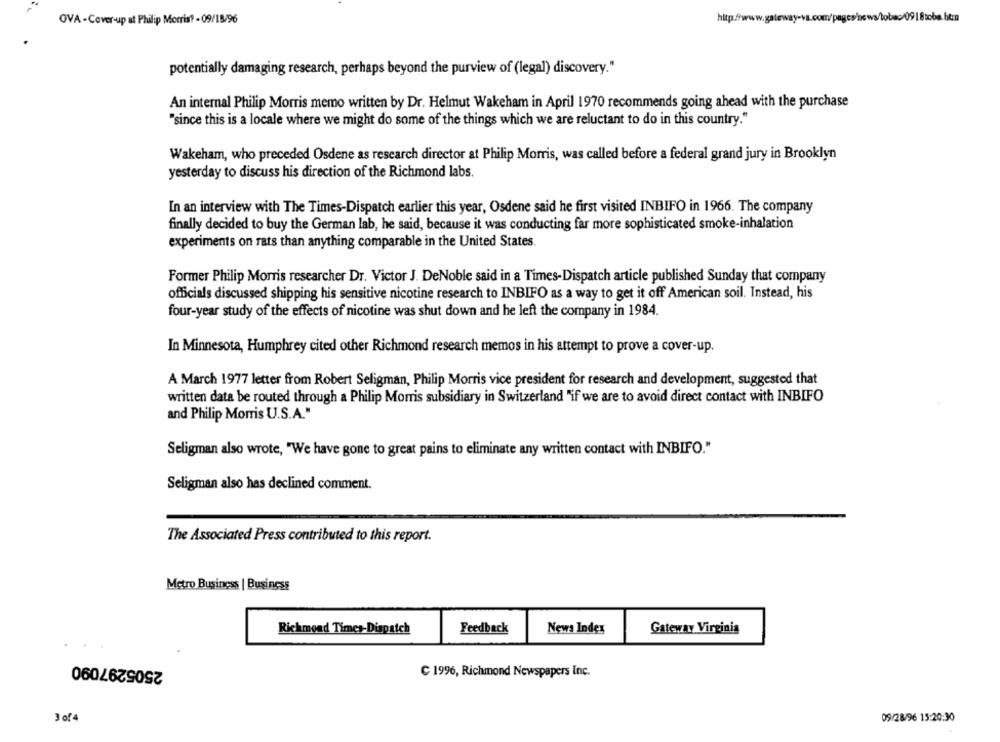
OVA - Cover-up at Philip Morris? - 09/18/96
http
918tobe.htm
potentially damaging research, perhaps beyond the purview of (legal) discovery."
An internal Philip Morris memo written by Dr. Helmut Wakeham in April 1970 recommends going ahead with the purchase
"since this is a locale where we might do some of the things which we are reluctant to do in this country."
Wakeham, who preceded Osdene as research director at Philip Morris, was called before a federal grand jury in Brooklyn
yesterday to discuss his direction of the Richmond labs.
In an interview with The Times-Dispatch earlier this year, Osdene said he first visited INBIFO in 1966. The company
finally decided to buy the German lab, he said, because it was conducting far more sophisticated smoke-inhalation
experiments on rats than anything comparable in the United States.
Former Philip Morris researcher Dr. Victor J. DeNoble said in a Times-Dispatch article published Sunday that company
officials discussed shipping his sensitive nicotine research to INBIFO as a way to get it off American soil. Instead, his
four-year study of the effects of nicotine was shut down and he left the company in 1984.
In Minnesota, Humphrey cited other Richmond research memos in his attempt to prove a cover-up.
A March 1977 letter from Robert Seligman, Philip Morris vice president for research and development, suggested that
written data be routed through a Philip Morris subsidiary in Switzerland "if we are to avoid direct contact with INBIFO
and Philip Morris U.S.A."
Seligman also wrote, "We have gone to great pains to eliminate any written contact with INBIFO."
Seligman also has declined comment.
The Associated Press contributed to this report.
Metro Business | Business
Richmond Times-Dispatch
Feedback
News Index
Gateway Virginia
2505297090
C 1996, Richmond Newspapers Inc.
3 of4
09/28/96 15:20:30